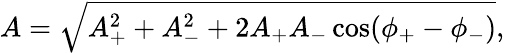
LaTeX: \begin{array}{r}{A=\sqrt{A_{+}^{2}+A_{-}^{2}+2A_{+}A_{-}\cos(\phi_{+}-\phi_{-})},}\end{array}